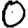
Digit: 0